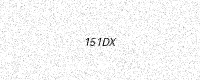
Text: 151DX